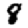
Digit: 8